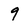
Character: 9